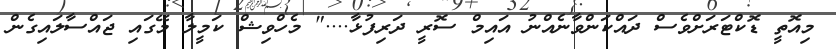
މިއޮތީ ޑޮކްޓަރަށްވެސް ދައްކަންވާނެއްނު އައިމް ސޮރީ ދަރިފުޅާ...." މެހްވިޝް ކަމީލާ މޭގައި ޖައްސާލައިގެން